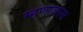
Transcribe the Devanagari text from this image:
म्हणालास